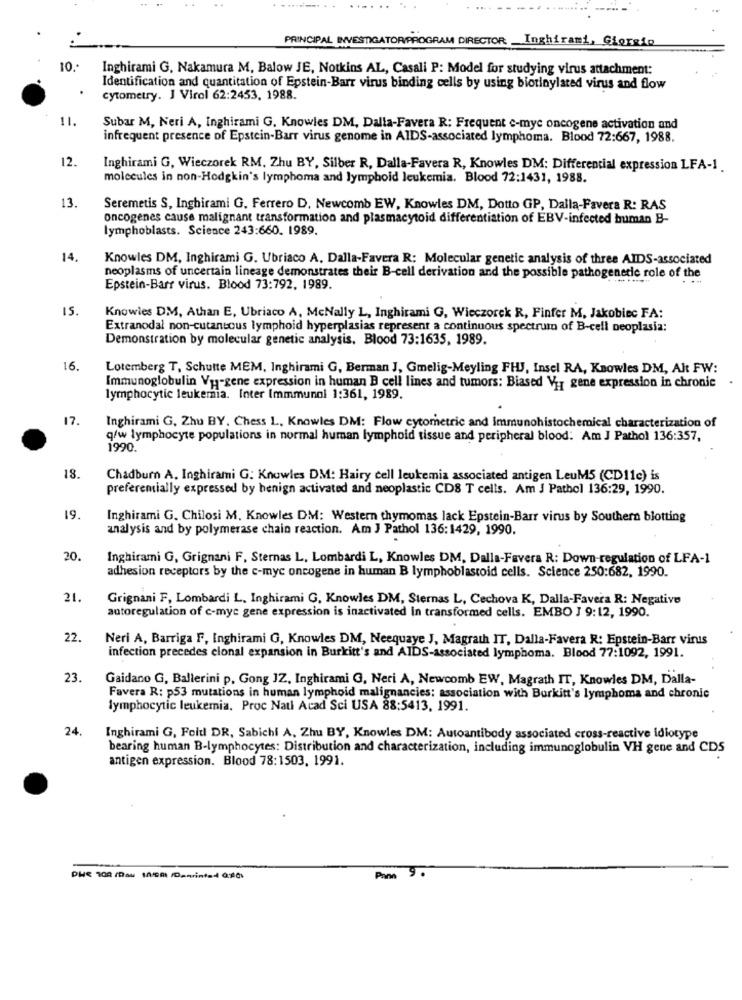
PRINCIPAL INVESTIGATORPROGRAM DIRECTOR: Inghirami, Giorgio
10 .-
Inghirami G, Nakamura M, Balow JE, Notkins AL, Casali P: Model for studying virus attachment:
Identification and quantitation of Epstein-Barr virus binding cells by using biotinylated virus and flow
cytometry. J Virol 62:2453, 1988.
11.
Subar M, Neri A, Inghirami G. Knowles DM, Dalla-Favera R: Frequent e-mye oncogene activation and
infrequent presence of Epstein-Barr virus genome in AIDS-associated lymphoma. Blood 72:667, 1988.
12.
Inghirami G, Wieczorek RM, Zhu BY, Silber R, Dalla-Favera R, Knowles DM: Differential expression LFA-1
molecules in non-Hodgkin's lymphoma and lymphoid leukemia. Blood 72:1431, 1988.
13
Seremetis S, Inghirami G, Ferrero D, Newcomb EW, Knowles DM, Dotto GP, Dalla-Favera R: RAS
oncogenes cause malignant transformation and plasmacytoid differentiation of EBV-infected buman B-
lymphoblasts. Science 243:660. 1989.
Knowles DM, Inghirami G. Ubriaco A. Dalla-Favera R: Molecular genetic analysis of three AIDS-associated
neoplasms of uncertain lineage demonstrates their B-cell derivation and the possible pathogenetic role of the
Epstein-Barr virus. Blood 73:792, 1989.
15.
Knowies DM, Athan E, Ubriaco A, McNally L, Inghirami G, Wieczorek R, Finfer M, Jakobiec FA:
Extranodal non-cutaneous lymphoid hyperplasias represent a continuous spectrum of B-cell neoplasia:
Demonstration by molecular genetic analysis, Blood 73:1635, 1989.
16.
Lotemberg T, Schutte MEM, Inghirami G, Berman J, Gmelig-Meyling FHJ, Insel RA, Knowles DM, Alt FW:
Immunoglobulin Vy-gene expression in human B cell lines and tumors: Biased Vy, gene expression in chronic
lymphocytic leukemia. Inter Immmunol 1:361, 1989.
17.
Inghirami G. Zhu BY, Chess L, Knowles DM: Flow cytometric and immunohistochemical characterization of
q/w lymphocyte populations in normal human lymphoid tissue and peripheral blood: Am J Pathol 136:357,
1990.
18.
Chadburn A. Inghirami G: Knowles DM: Hairy cell leukemia associated antigen LeuM5 (CD11c) is
preferemially expressed by benign activated and neoplastic CDS T cells. Am J Pathol 136:29, 1990.
19.
Inghirami G. Chilosi M. Knowles DM: Western thymomas lack Epstein-Barr virus by Southern blotting
analysis and by polymerase chain reaction. Am J Pathol 136:1429, 1990.
20.
Inghirami G, Grignani F, Sternas L, Lombardi L, Knowles DM, Dalla-Favera R: Down-regulation of LFA-1
adhesion receptors by the c-myc oncogene in human B lymphoblastoid cells. Science 250:682, 1990.
21.
Grignani F, Lombardi L. Inghirami G, Knowles DM, Sternas L, Cechova K, Dalla-Favera R: Negative
autoregulation of c-mye gene expression is inactivated in transformed cells. EMBO J 9:12, 1990.
22.
Neri A, Barriga F, Inghirami G, Knowles DM, Neequaye J, Magrath IT, Dalla-Favera R: Epstein-Barr vinis
infection precedes clonal expansion in Burkitt's and AIDS-associated lymphoma. Blood 77:1092, 1991.
23.
Gaidano G, Ballerini p. Gong JZ, Inghirami G, Neri A, Newcomb EW, Magrath IT, Knowles DM, Dalla-
Favera R: p53 mutations in human lymphoid malignancies: association with Burkitt's lymphoma and chronic
lymphocytic leukemia. Proc Natl Acad Sci USA 88:5413, 1991.
24.
Inghirami G, Foitl DR, Sabichi A, Zhu BY, Knowles DM: Autoantibody associated cross-reactive idiotype
bearing human B-lymphocytes: Distribution and characterization, including immunoglobulin VH gene and CDS
antigen expression. Blood 78:1503, 1991.
Die 100 (Dou In/08 /0prints 4 016